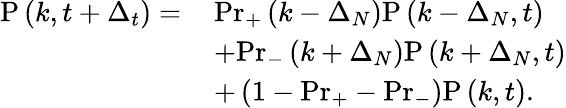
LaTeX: \begin{array}{rl}{\mathrm{P}\left(k,t+\Delta_{t}\right)=\, }&{\mathrm{Pr}_{+}\left(k-\Delta_{N}\right)\mathrm{P}\left(k-\Delta_{N},t\right)}\\ &{+\mathrm{Pr}_{-}\left(k+\Delta_{N}\right)\mathrm{P}\left(k+\Delta_{N},t\right)}\\ &{+\left(1-\mathrm{Pr}_{+}-\mathrm{Pr}_{-}\right)\mathrm{P}\left(k,t\right).}\end{array}